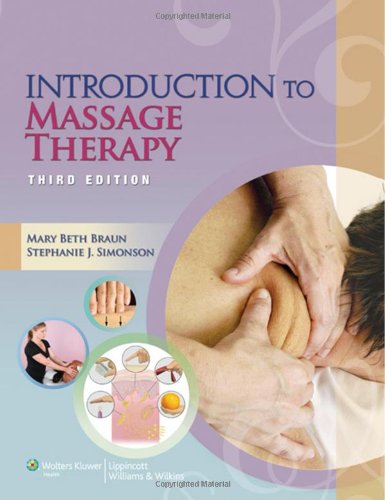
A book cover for Introduction to Massage Therapy (LWW Massage Therapy and Bodywork Educational Series); Mary Beth Braun; Health, Fitness & Dieting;